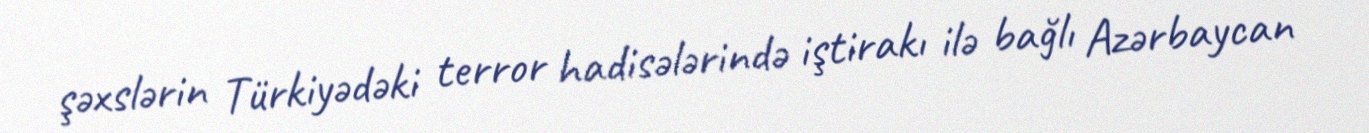
şəxslərin Türkiyədəki terror hadisələrində iştirakı ilə bağlı Azərbaycan